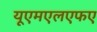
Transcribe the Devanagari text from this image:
यूएमएलएफए